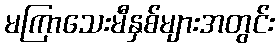
မကြာသေးမီနှစ်များအတွင်း